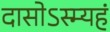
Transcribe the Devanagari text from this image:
दासोऽस्म्यहं